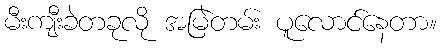
မီးကျီးခဲတခုလို အမြဲတမ်း ပူလောင်နေတာ။